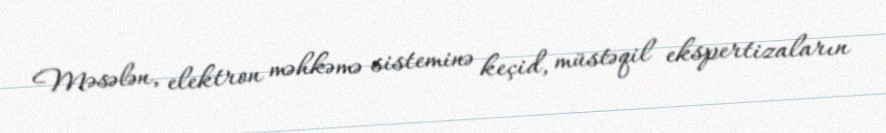
Məsələn, elektron məhkəmə sisteminə keçid, müstəqil ekspertizaların